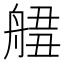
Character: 𦩙